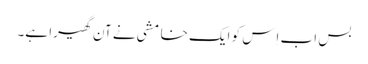
بس اب اِس کو ایک خامشی نے آن گھیرا ہے۔